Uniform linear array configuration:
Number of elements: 8
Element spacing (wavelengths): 1
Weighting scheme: hamming
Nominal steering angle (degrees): -30
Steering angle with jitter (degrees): -31.691
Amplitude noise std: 0.05
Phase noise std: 0.05

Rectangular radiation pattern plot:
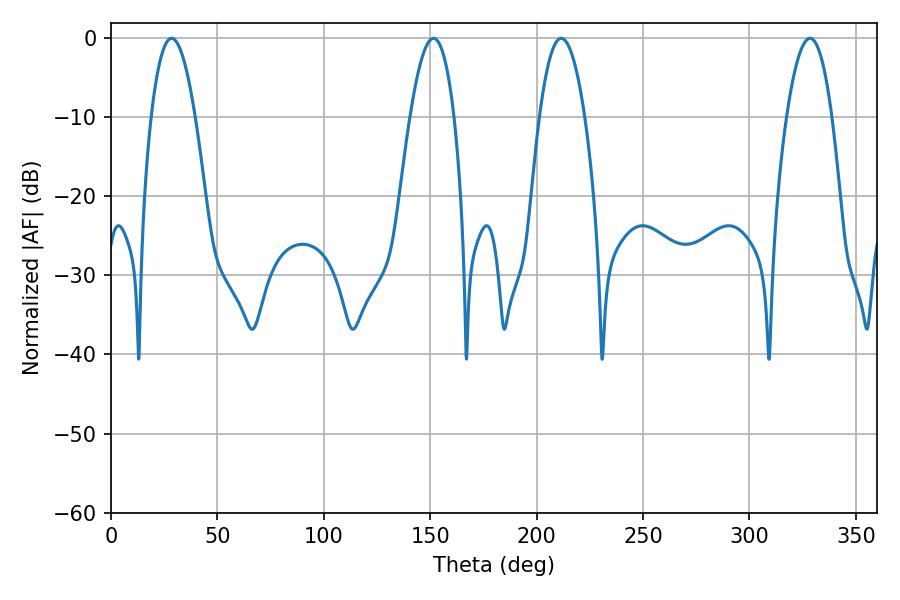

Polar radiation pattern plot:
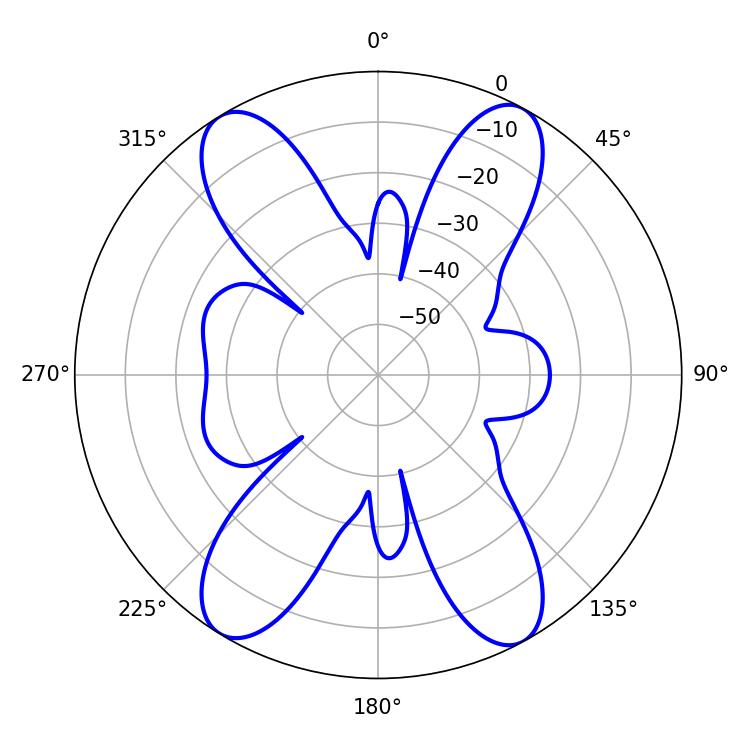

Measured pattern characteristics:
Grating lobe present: TRUE
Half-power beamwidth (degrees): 11.34
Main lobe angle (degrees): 28.44